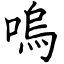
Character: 嗚